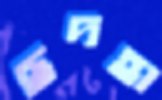
ছদহা